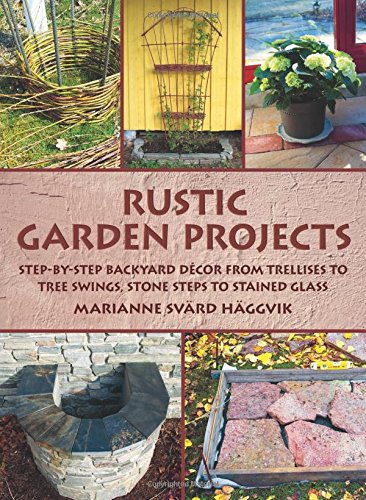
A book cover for Rustic Garden Projects: Step-by-Step Backyard DÃ©cor from Trellises to Tree Swings, Stone Steps to Stained Glass; Marianne SvÃ¤rd HÃ¤ggvik; Crafts, Hobbies & Home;